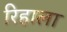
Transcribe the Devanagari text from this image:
रिहाला